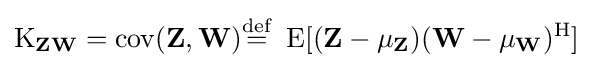
\operatorname {K} _{\mathbf {Z} \mathbf {W} }=\operatorname {cov} (\mathbf {Z} ,\mathbf {W} ){\stackrel {\mathrm {def} }{=}}\ \operatorname {E} [(\mathbf {Z} -\mathbf {\mu _{Z}} )(\mathbf {W} -\mathbf {\mu _{W}} )^{\rm {H}}]